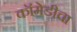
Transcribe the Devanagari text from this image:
कॉमेडीचा